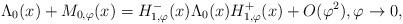
LaTeX: \begin{align*}\Lambda_{0}(x) + M_{0,\varphi}(x) = H_{1,\varphi}^-(x) \Lambda_{0}(x) H_{1,\varphi}^+(x) + O(\varphi^2),\varphi\to0, \end{align*}